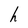
Character: h